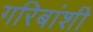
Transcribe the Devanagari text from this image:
गरिबांशी